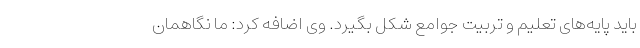
باید پایه‌های تعلیم و تربیت جوامع شکل بگیرد. وی اضافه کرد: ما نگاهمان